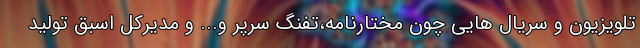
تلویزیون و سریال هایی چون مختارنامه،تفنگ سرپر و... و مدیرکل اسبق تولید